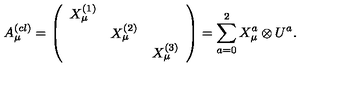
A _ { \mu } ^ { ( c l ) } = \left( \begin{array} { c c c } { X _ { \mu } ^ { ( 1 ) } } & { } & { } \\ { } & { X _ { \mu } ^ { ( 2 ) } } & { } \\ { } & { } & { X _ { \mu } ^ { ( 3 ) } } \\ \end{array} \right) = \sum _ { a = 0 } ^ { 2 } X _ { \mu } ^ { a } \otimes U ^ { a } .